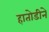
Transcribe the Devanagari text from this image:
हातोडीने